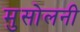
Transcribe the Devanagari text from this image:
मुसोलनी